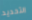
التحديد